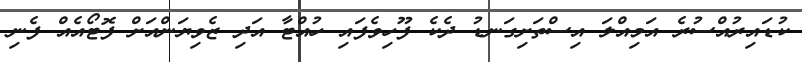
ކުޑައިރުއްސުރެ އަމިއްލަ އިސްތަށިގަނޑު ދެކެ ފޫހިވެފައި ހުއްޓާ އަދި ޒެވިޔަންއަށް ފޮޓޯއެއް ފެނި